Report on the working of the Ranchi Indian Mental Hospital, Kanke, in Bihar and Orissa - 1930-1940
Year: 1930
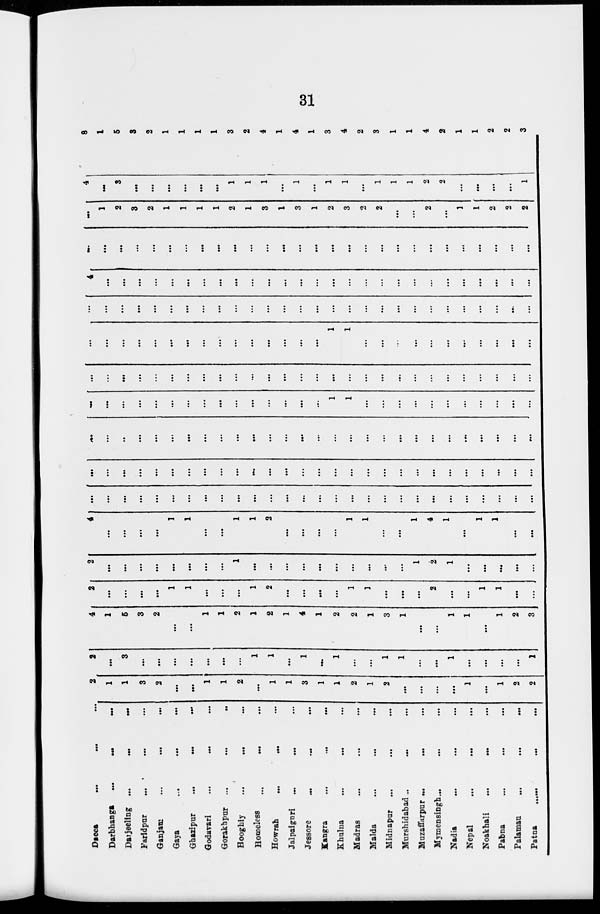
31
Dacca
... ...
...
Darbhanga
...
...
...
Darjeeling ...
...
...
Faridpur ... ... ...
Ganjam ... ... ...
Gaya
...
...
...
Ghazipur
...
...
...
Godavari
...
... ...
Gorakhpur
...
...
...
Hooghly ... ... ...
Homeless
...
...
...
Howrah ... ... ...
Jalpaiguri ... ... ...
Jessore ... ... ...
Kangra ... ... ...
Khulna
...
... ...
Madras
Malda ... ... ...
Midnapur ... ... ...
Murshidabad ... ... ...
Muzaffarpur ...
... ...
Mymensingh... ... ...
Nadia ... ... ...
Nepal ... ... ...
Noakhali
...
... ...
Pabna ... ... ...
Palamau
...
...
...
Patna ... ... ...
2
1
1
3
2
...
...
1
1
2
...
1
1
3
1
1
2
1
2
...
...
...
...
1
...
1
2
2
2
...
3
...
...
...
...
...
...
...
1
1
...
1
...
1
...
...
1
1
...
...
1
...
...
...
...
1
4
1
5
3
2
...
...
1
1
2
1
2
1
4
1
2
2
1
3
1
...
...
1
1
...
1
2
3
2
...
...
...
...
1
1
...
...
...
1
2
...
...
...
...
1
1
...
...
...
2
...
...
1
1
...
...
2
...
...
...
...
...
...
...
...
1
...
...
...
...
...
...
...
...
...
...
1
2
1
...
...
...
...
...
4
...
...
...
...
1
1
...
...
1
1
2
...
...
...
...
1
1
...
...
1
4
1
...
1
1
...
...
...
...
...
...
...
...
...
...
...
...
...
...
...
...
...
...
...
...
...
...
...
...
...
...
...
...
...
...
...
...
...
...
...
...
...
...
...
...
...
...
...
...
...
...
...
...
...
...
...
...
...
...
...
...
...
...
...
...
...
...
...
...
...
...
...
...
...
...
...
...
...
...
...
...
...
...
...
...
...
...
...
...
...
...
...
...
...
...
...
...
...
...
...
...
...
...
...
1
1
...
...
...
...
...
...
...
...
...
...
...
...
...
...
...
...
...
...
...
...
...
...
...
...
...
...
...
...
...
...
...
...
...
...
...
...
...
...
...
...
...
...
...
...
...
...
...
...
...
...
...
...
...
...
1
1
...
...
...
...
...
...
...
...
...
...
...
...
...
...
...
...
...
...
...
...
...
...
...
...
...
...
...
...
...
...
...
...
...
...
...
...
...
...
...
4
...
...
...
...
...
...
...
...
...
...
...
...
...
...
...
...
...
...
...
...
...
...
...
...
...
...
...
...
...
...
...
...
...
...
...
...
...
...
...
...
...
...
...
...
...
...
...
...
...
...
...
...
...
...
...
...
1
2
3
2
1
1
1
1
2
1
3
1
3
1
2
3
2
2
...
...
2
...
1
1
2
2
2
4
...
3
...
...
...
...
...
...
1
1
1
...
1
...
1
1
...
1
1
1
2
2
...
...
...
...
1
8
1
5
3
2
1
1
1
1
3
2
4
1
4
1
3
4
2
3
1
1
4
2
1
1
2
2
3